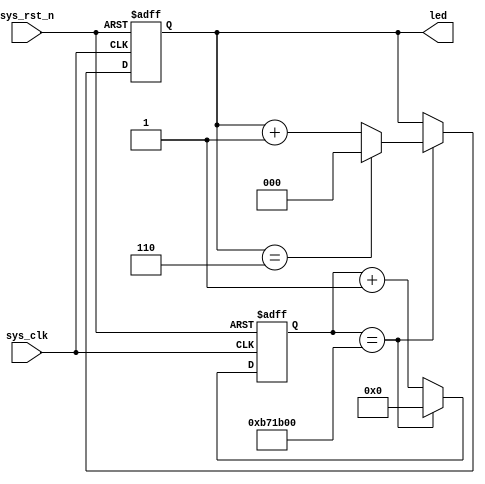
// Shift Tang Nano RGB LED through all possible states 

module shift_led 
#(
    parameter  SHIFT_HZ     = 2,
    parameter  TANG_NANO_HZ = 24_000_000
    ) 
    (
    input               sys_clk,
    input               sys_rst_n,

    output reg [2:0]    led
);
    localparam  COUNT_MAX   = TANG_NANO_HZ / SHIFT_HZ;
    localparam  COUNT_SIZE  = $clog2(COUNT_MAX);

    // divided clock counter
    reg [23:0] count; 

    wire    rst     = !sys_rst_n;
    wire    shift   = (count == COUNT_MAX);

    always @ (posedge rst or posedge sys_clk) begin
        if (rst) begin// non-zero evaluates as true 
            count   <= 24'd0;
            led     <= 'b0;
        end else if (shift) begin
            if (led == 3'b110) begin
                led <= 3'b0;
            end else begin
                led <= led + 3'b1;
            end
            count <= 24'd0;
        end else begin
            count <= count + 1;
        end
    end
endmodule